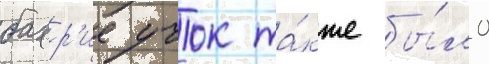
бахр'ие учок та́кже бы́ло